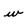
Character: w